Report of the Indian Hemp Drugs Commission, 1894-1895 - Volume VI
Year: 1894
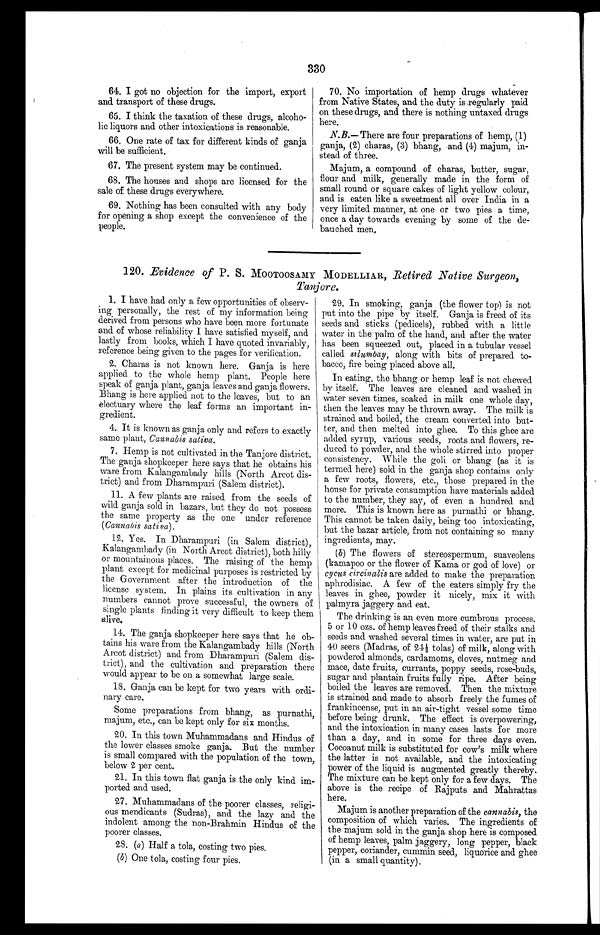
330
64. I got no objection for the import, export
and transport of these drugs.
65. I think the taxation of these drugs, alcoho
-lic liquors and other intoxications is reasonable.
66. One rate of tax for different kinds of ganja
will be sufficient.
67. The present system may be continued.
68. The houses and shops are licensed for the
sale of these drugs everywhere.
69. Nothing has been consulted with any body
for opening a shop except the convenience of the
people.
70. No importation of hemp drugs whatever
from Native States, and the duty is regularly paid
on these drugs, and there is nothing untaxed drugs
here.
N.B. — There are four preparations of hemp, (1)
ganja, (2) charas, (3) bhang, and (4) majum, in
- s t e a d o f t h r e e .
Majum, a compound of charas, butter, sugar,
flour and milk, generally made in the form of
small round or square cakes of light yellow colour,
and is eaten like a sweetmeat all over India in a
very limited manner, at one or two pies a time,
once a day towards evening by some of the de
-auched men,
120. Evidence of P. S. MOOTOOSAMY MODELLIAR, Retired Native Surgeon,
Tanjore.
1. I have had only a few opportunities of observ--
ing personally, the rest of my information being
derived from persons who have been more fortunate
and of whose reliability I have satisfied myself, and
lastly from books, which I have quoted invariably,
reference being given to the pages for verification.
2. Charas is not known here. Ganja is here
applied to the whole hemp plant. People here
speak of ganja plant, ganja leaves and ganja flowers.
Bhang is here applied not to the leaves, but to an
electuary where the leaf forms an important in
- g r e d i e n t .
4. It is known as ganja only and refers to exactly
same plant, Cannabis sativa.
7. Hemp is not cultivated in the Tanjore district.
The ganja shopkeeper here says that he obtains his
ware from Kalangambady hills (North Arcot dis
- t r i c t ) a n d f r o m D h a r a m p u r i ( S a l e m d i s t r i c t ) .
11. A few plants are raised from the seeds of
wild ganja sold in bazars, but they do not possess
the same property as the one under reference
(Cannabis sativa).
12. Yes. In Dharampuri (in Salem district),
Kalangambady (in North Arcot district), both hilly
or mountainous places. The raising of the hemp
plant except for medicinal purposes is restricted by
the Government after the introduction of the
license system. In plains its cultivation in any
numbers cannot prove successful, the owners of
single plants finding it very difficult to keep them
alive.
14. The ganja shopkeeper here says that he ob
- t a i n s h i s w a r e f r o m t h e K a l a n g a m b a d y h i l l s ( N o r t h
Arcot district) and from Dharampuri (Salem dis
- t r i c t ) , a n d t h e c u l t i v a t i o n a n d p r e p a r a t i o n t h e r e
would appear to be on a somewhat large scale.
18. Ganja can be kept for two years with ordi-
nary care.
Some preparations from bhang, as purnathi,
majum, etc., can be kept only for six months.
20. In this town Muhammadans and Hindus of
t h e l o w e r c l a s s e s s m o k e g a n j a . B u t t h e n u m b e r
is small compared with the population of the town,
below 2 per cent.
21. In this town flat ganja is the only kind im
ported and used.
27. Muhammadans of the poorer classes, religi-
ous mendicants (Sudras), and the lazy and the
indolent among the non-Brahmin Hindus of the
poorer classes.
28. (a) Half a tola, costing two pies.
(b) One tola, costing four pies.
29. In smoking, ganja (the flower top) is not
put into the pipe by itself. Ganja is freed of its
seeds and sticks (pedicels), rubbed with a little
water in the palm of the hand, and after the water
has been squeezed out, placed in a tubular vessel
called silumbay, along with bits of prepared to-
bacco, fire being placed above all.
In eating, the bhang or hemp leaf is not chewed
by itself. The leaves are cleaned and washed in
water seven times, soaked in milk one whole day,
then the leaves may be thrown away. The milk is
strained and boiled, the cream converted into but-
ter, and then melted into ghee. To this ghee are
added syrup, various seeds, roots and flowers, re-
duced to powder, and the whole stirred into proper
consistency. While the goli or bhang (as it is
termed here) sold in the ganja shop contains only
a few roots, flowers, etc., those prepared in the
house for private consumption have materials added
to the number, they say, of even a hundred and
more. This is known here as purnathi or bhang.
This cannot be taken daily, being too intoxicating,
but the bazar article, from not containing so many
ingredients, may.
(b) The flowers of stereospermum, suaveolens
(kamapoo or the flower of Kama or god of love) or
cycus circinalis are added to make the preparation
aphrodisiac. A few of the eaters simply fry the
leaves in ghee, powder it nicely, mix it with
palmyra jaggery and eat.
The drinking is an even more cumbrous process.
5 or 10 ozs. of hemp leaves freed of their stalks and
seeds and washed several times in water, are put in
40 seers (Madras, of 24½ tolas) of milk, along with
powdered almonds, cardamoms, cloves, nutmeg and
mace, date fruits, currants, poppy seeds, rose-buds,
sugar and plantain fruits fully ripe. After being
boiled the leaves are removed. Then the mixture
is strained and made to absorb freely the fumes of
frankincense, put in an air-tight vessel some time
before being drunk. The effect is overpowering,
and the intoxication in many cases lasts for more
than a day, and in some for three days even.
Cocoanut milk is substituted for cow's milk where
the latter is not available, and the intoxicating
power of the liquid is augmented greatly thereby.
The mixture can be kept only for a few
d a y s . T h e a b o v e i s t h e r e c i p e o f R a j p u t s a n d M a h r a t t a s
here.
Majum is another preparation of the cannabis, the
composition of which varies. The ingredients of
the majum sold in the ganja shop here is composed
of hemp leaves, palm jaggery, long pepper, black
pepper, coriander, cummin seed, liquorice and ghee
(in a small quantity).